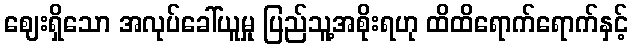
ဈေးရှိသော အလုပ်ခေါ်ယူမှု ပြည်သူ့အစိုးရဟု ထိထိရောက်ရောက်နှင့်